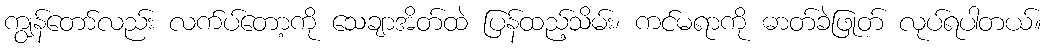
ကျွန်တော်လည်း လက်ပ်တော့ကို သေချာအိတ်ထဲ ပြန်ထည့်သိမ်း၊ ကင်မရာကို ဓာတ်ခဲဖြုတ် လုပ်ရပါတယ်။